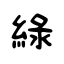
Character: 綠